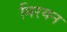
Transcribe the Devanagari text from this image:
मिरयन